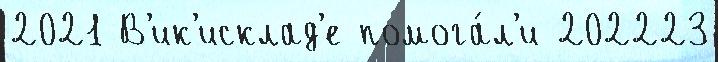
2021 В'ик'исклад'е помога́л'и 202223